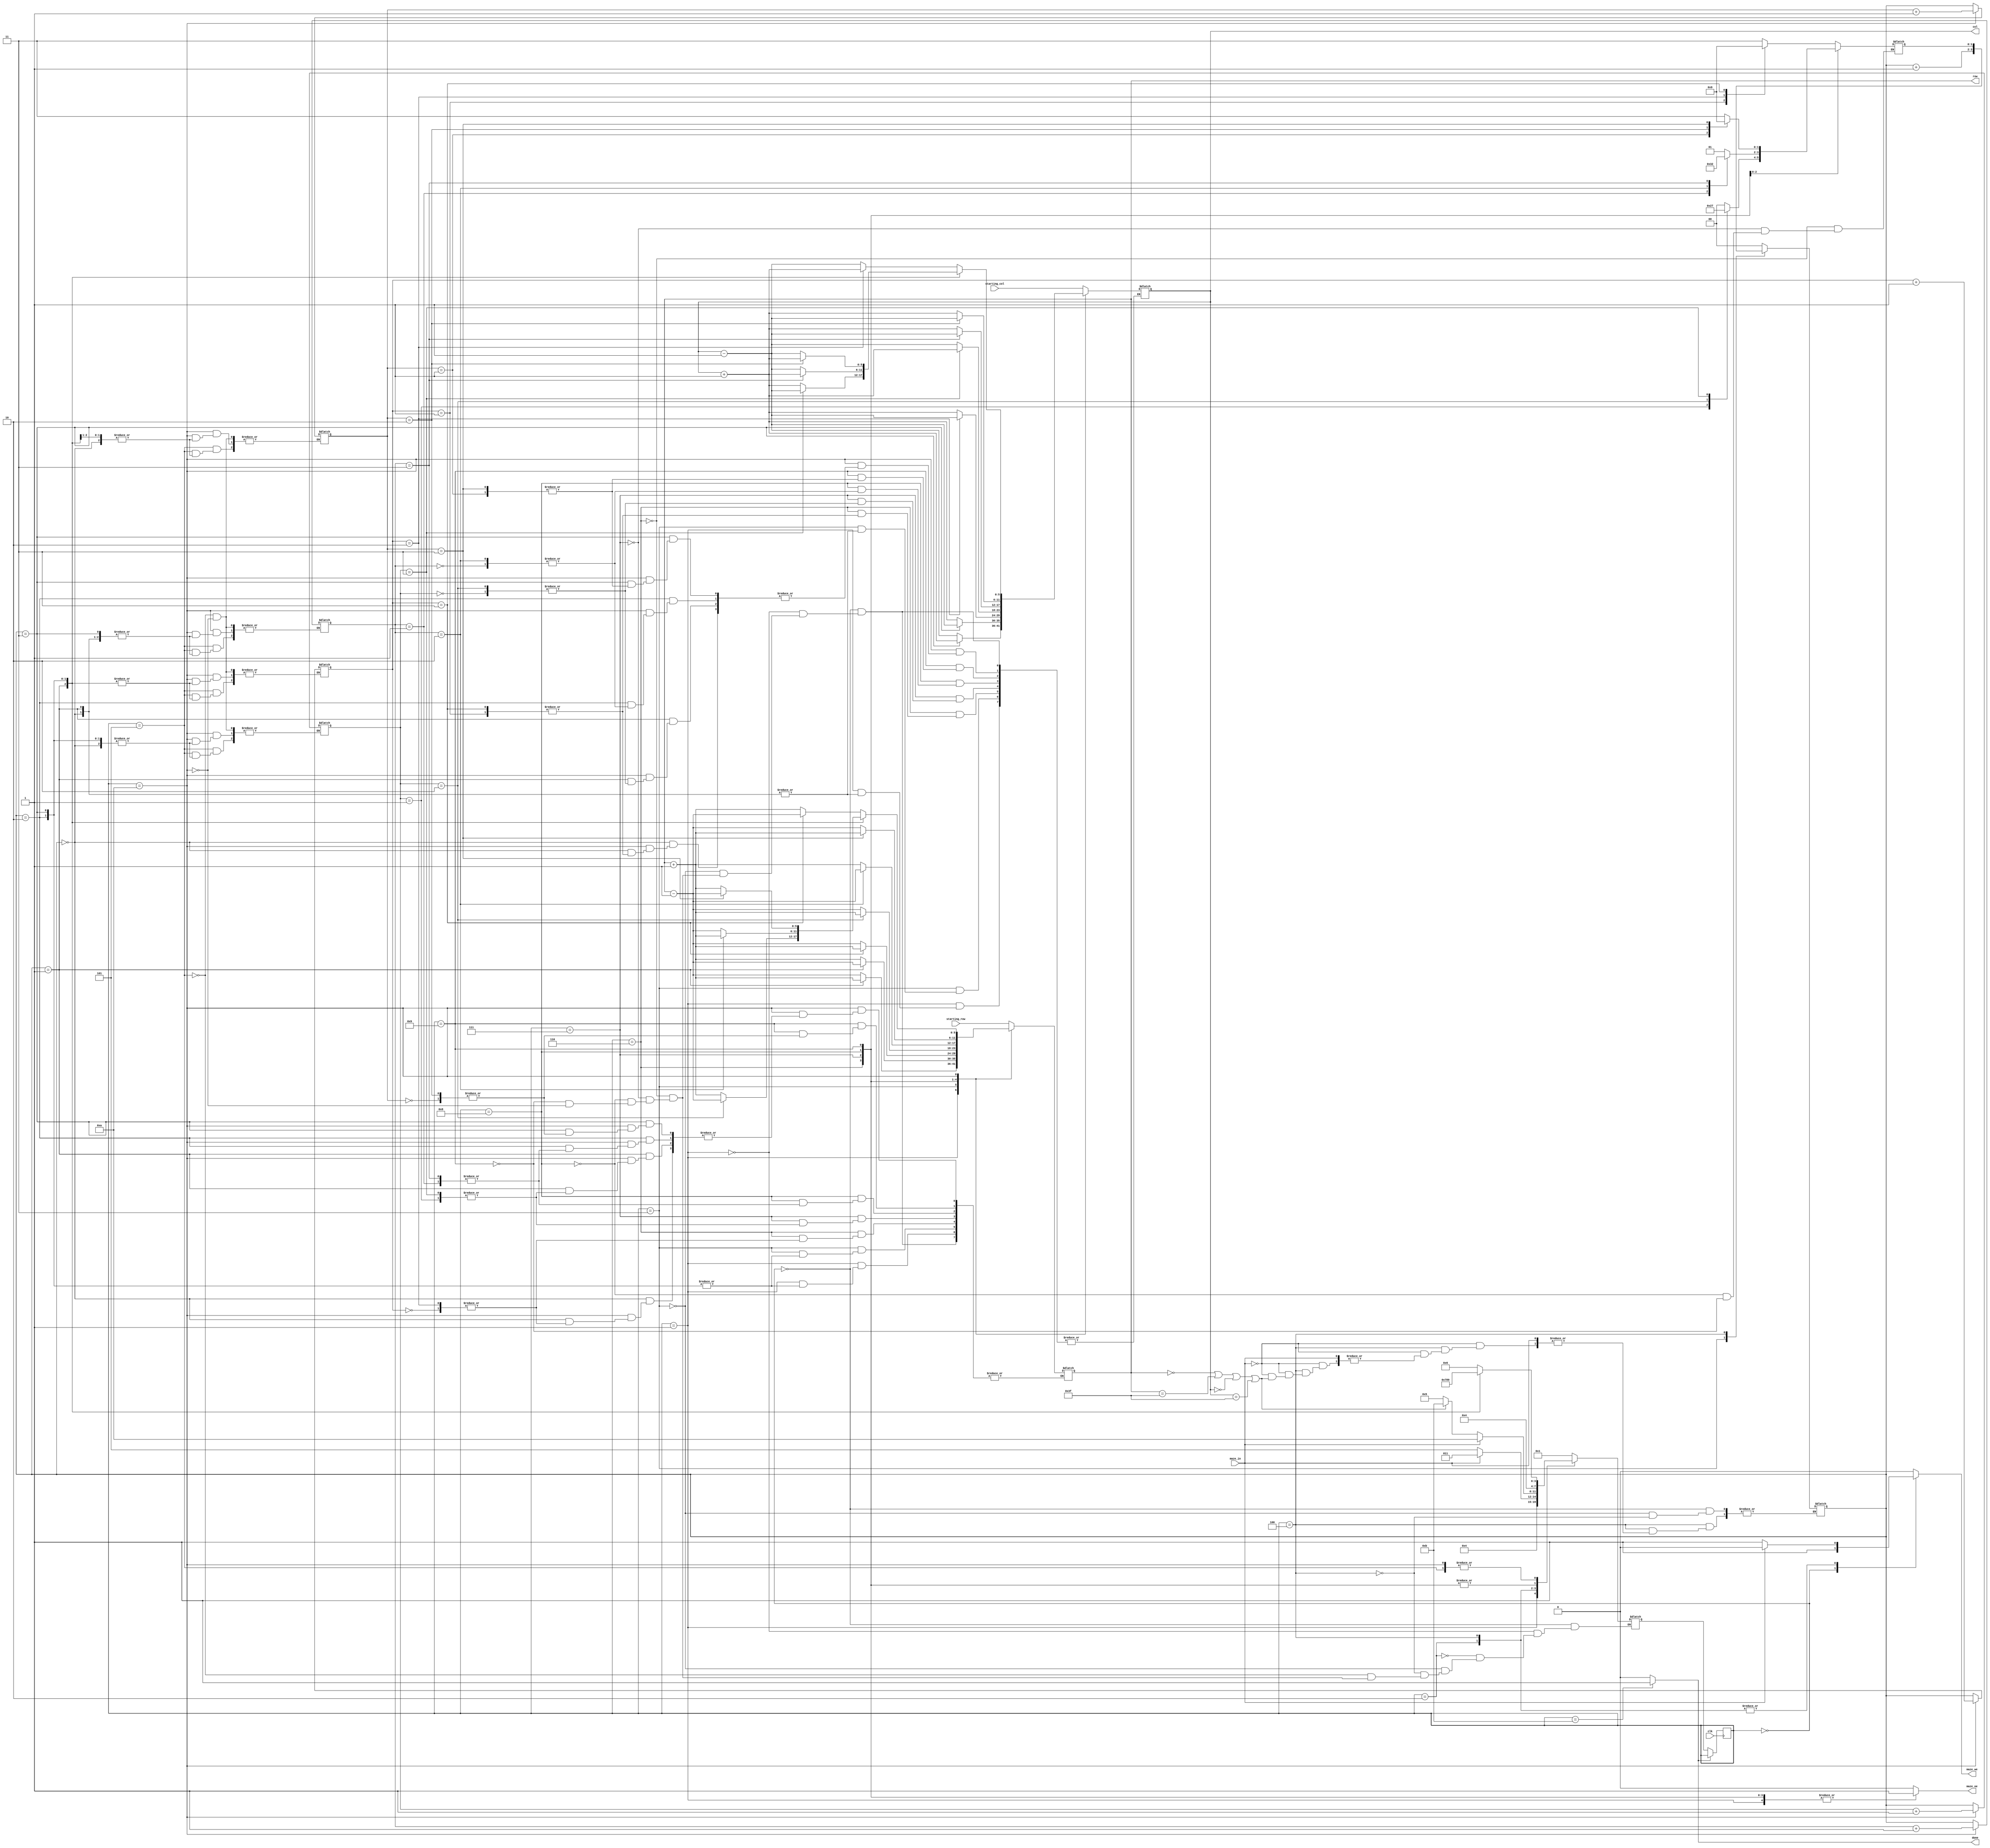
`timescale 1ns / 1ps
//////////////////////////////////////////////////////////////////////////////////
// Company: UPB
// 
// Design Name: 
// Module Name:    maze 
// Project Name: 
// Target Devices: 
// Tool versions: 
// Description: 
//
// Dependencies: 
//
// Revision: 
// Revision 0.01 - File Created
// Additional Comments: 
//
//////////////////////////////////////////////////////////////////////////////////
module maze #(parameter maze_width = 6)(
	input 		          			clk,
	input 	  [maze_width - 1:0] starting_col, starting_row, 	// indicii punctului de start
	input  			  					maze_in, 			// ofera informa?ii despre punctul de coordonate [row, col]
	output reg [maze_width - 1:0] row, col,	 		// selecteaza un rnd si o coloana din labirint
	output reg 			  				maze_oe,			// output enable (activeaza citirea din labirint la rndul ?i coloana date) - semnal sincron	
	output reg			 		 		maze_we, 			// write enable (activeaza scrierea n labirint la rndul ?i coloana date) - semnal sincron
	output reg			  				done);		 	// ie?irea din labirint a fost gasita; semnalul ramane activ 


`define start_position				0
`define choose_first_direction	1
`define check_start_free_path    2
`define go_back_to_start			3
`define check_free_path 			4
`define choose_direction 			5
`define from_north					6
`define from_south					7
`define from_west						8 
`define from_est						9
`define go_back						10
`define exit 							11


reg [3:0] state, next_state = 0;

reg [1:0] direction;
reg [1:0] direction_north;
reg [1:0] direction_south;
reg [1:0] direction_west;
reg [1:0] direction_est;

reg [1:0] last_direction; //retine ultima directie de deplasare valida


// Secvential
always @(posedge clk) begin
	if(done == 0)
		state <= next_state;
end

// Combinational
always @(*) begin
	maze_oe = 0;
	maze_we = 0;
	done = 0;
	
	case(state)
////////////////////////////////////////////
		`start_position: begin
			row = starting_row;
			col = starting_col;
			maze_we = 1;
			direction = 0;
			next_state = `choose_first_direction;
		end
////////////////////////////////////////////


////////////////////////////////////////////
		`choose_first_direction: begin       
			case(direction)
				0: row = row - 1; //N
				1: row = row + 1; //S
				2: col = col - 1; //W
				3: col = col + 1; //E
			endcase
			maze_oe = 1;
			next_state = `check_start_free_path;
		end
////////////////////////////////////////////
		
		
////////////////////////////////////////////
		`check_start_free_path: begin
			if(maze_in == 1) begin 
				next_state = `go_back_to_start;
			end else if(maze_in == 0) begin
				maze_we = 1;
				next_state = `choose_direction;
			end
		end
////////////////////////////////////////////


////////////////////////////////////////////		
		`go_back_to_start: begin
			case(direction)
				0: row = row + 1; //N
				1: row = row - 1; //S
				2: col = col + 1; //W
				3: col = col - 1; //E
			endcase
			direction = direction + 1;
			next_state = `choose_first_direction;
		end	
////////////////////////////////////////////


////////////////////////////////////////////		
		`check_free_path: begin
			if(maze_in == 1) begin
				next_state = `go_back;
			end else if(maze_in == 0) begin
				if(row == 0 || row == 63 || col == 0 || col == 63) begin
					maze_we = 1;
					next_state = `exit;
				end else begin
					maze_we = 1;
					direction = last_direction; 		//ultima directie valida salvata din starile: from_north/south/west/est
					next_state = `choose_direction;	//folosita pentru alegerea cazului de verificare in starea choose_direction
				end
			end
		end
////////////////////////////////////////////


////////////////////////////////////////////		//Alege cazul de verificari
		`choose_direction: begin						//in functie de directia valida
			case(direction)								//anterior.  
				0: begin										
						direction_north = direction; //se va incrementa in go_back pt incercari 
						next_state = `from_north;
					end
				1: begin
						direction_south = direction; //se va incrementa in go_back pt incercari
						next_state = `from_south;
					end
				2: begin
						direction_west = direction; //se va incrementa in go_back pt incercari
						next_state = `from_west;
					end
				3: begin
						direction_est = direction; //se va incrementa in go_back pt incercari
						next_state = `from_est;
					end
			endcase
		end
////////////////////////////////////////////


////////////////////////////////////////////
		`from_north: begin   					//Daca m-am deplasat spre NORD anterior
			case(direction_north)				//verificarile se vor face 
				0: begin								//in ordinea: E->N->W->S 
						col = col + 1;//E
						last_direction = 3;
					end
				1: begin
						row = row - 1;//N
						last_direction = 0;
					end
				2: begin
						col = col - 1;//W
						last_direction = 2;
					end
				3: begin
						row = row + 1;//S
						last_direction = 1;
					end
			endcase
			maze_oe = 1;
			next_state = `check_free_path;
		end
////////////////////////////////////////////


////////////////////////////////////////////		
		`from_south: begin						//Daca m-am deplasat spre SUD anterior
			case(direction_south)				//verificarile se vor face 
				0: begin 							//in ordinea: W->S->E->N
						row = row - 1;//N
						last_direction = 0;
					end
				1: begin
						col = col - 1;//W
						last_direction = 2;
					end
				2: begin
						row = row + 1;//S
						last_direction = 1;
					end
				3: begin 
						col = col + 1;//E
						last_direction = 3;
					end
			endcase
			maze_oe = 1;
			next_state = `check_free_path;
		end
////////////////////////////////////////////


////////////////////////////////////////////		
		`from_west: begin							//Daca m-am deplasat spre VEST anterior
			case(direction_west)					//verificarile se vor face
				0: begin								//in ordinea: N->W->S->E
						row = row + 1;//S
						last_direction = 1;
					end
				1: begin
						col = col + 1;//E
						last_direction = 3;
					end
				2:begin
						row = row - 1;//N
						last_direction = 0;
					end
				3: begin
						col = col - 1;//W
						last_direction = 2;
					end
			endcase
			maze_oe = 1;
			next_state = `check_free_path;
		end
////////////////////////////////////////////


////////////////////////////////////////////		
		`from_est: begin						   //Daca m-am deplasat spre EST anterior
			case(direction_est)					//verificarile se vor face 
				0: begin								//in ordinea: S->E->N->V
						col = col + 1;//E
						last_direction = 3;
					end
				1: begin
						row = row - 1;//N
						last_direction = 0;
					end
				2: begin
						col = col - 1;//W
						last_direction = 2;
					end
				3: begin 
						row = row + 1;//S
						last_direction = 1;
					end
			endcase
			maze_oe = 1;
			next_state = `check_free_path;
		end
////////////////////////////////////////////
		

////////////////////////////////////////////
		`go_back: begin                     //Tine cont de ultima directie valida
			case(direction)						//si de verificarile anterioare din : 
				0: begin								//from_north, from_south, from_west, from_est
						case(direction_north)
							0: col = col - 1;//E
							1: row = row + 1;//N
							2: col = col + 1;//W
							3: row = row - 1;//S
						endcase
					direction_north = direction_north + 1;
					next_state = `from_north;
				end
				1: begin
						case(direction_south)
							0: row = row + 1;//N
							1: col = col + 1;//W
							2: row = row - 1;//S
							3: col = col - 1;//E
						endcase
					direction_south = direction_south + 1;
					next_state = `from_south;
				end
				2: begin
						case(direction_west)
							0: row = row - 1;//S
							1: col = col - 1;//E
							2: row = row + 1;//N
							3: col = col + 1;//W
						endcase
					direction_west = direction_west + 1;
					next_state = `from_west;
				end
				3: begin
						case(direction_est)
							0: col = col - 1;//E
							1: row = row + 1;//N
							2: col = col + 1;//W
							3: row = row - 1;//S
						endcase
						direction_est = direction_est + 1;
						next_state = `from_est;
				end
			endcase
		end	
////////////////////////////////////////////

////////////////////////////////////////////
		`exit: done = 1;
////////////////////////////////////////////
	endcase
		
end
endmodule